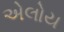
એલોય